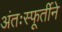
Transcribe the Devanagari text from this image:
अंतःस्फूर्तीने